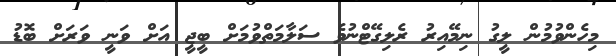
މިހެންވުމުން ލީގު ނިމޭއިރު ރެލިގޭޓްނުވެ ސަލާމަތްވުމަށް ބީޖީ އަށް ވަނީ ވަރަށް ބޮޑު